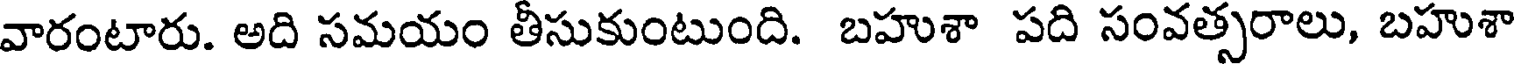
వారంటారు. అది సమయం తీసుకుంటుంది. బహుశా పది సంవత్సరాలు, బహుశా